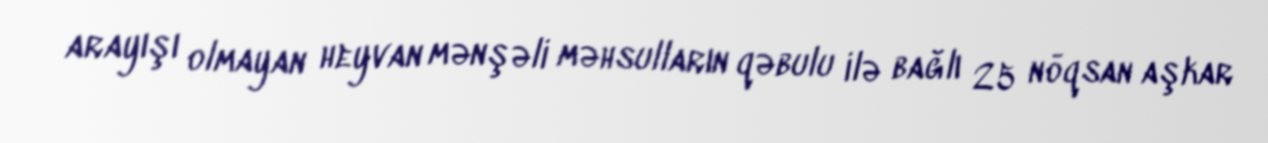
arayışı olmayan heyvan mənşəli məhsulların qəbulu ilə bağlı 25 nöqsan aşkar